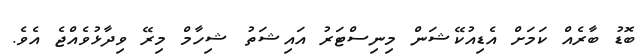
ބޮޑު ބާރެއް ކަމަށް އެޑިއުކޭޝަން މިނިސްޓަރު އައިޝަތު ޝިހާމް މިރޭ ވިދާޅުވެއްޖެ އެވެ.